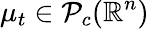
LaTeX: \mu_{t}\in\mathcal P_{c}(\mathbb{R}^{n})